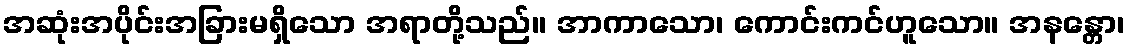
အဆုံးအပိုင်းအခြားမရှိသော အရာတို့သည်။ အာကာသော၊ ကောင်းကင်ဟူသော။ အနန္တော၊